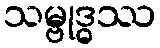
သမ္ဗုဒ္ဓဿ